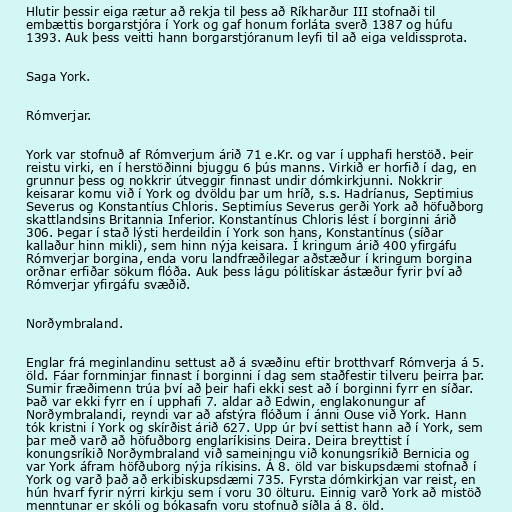
Hlutir þessir eiga rætur að rekja til þess að Ríkharður III stofnaði til
embættis borgarstjóra í York og gaf honum forláta sverð 1387 og húfu
1393. Auk þess veitti hann borgarstjóranum leyfi til að eiga veldissprota.

Saga York.

Rómverjar.

York var stofnuð af Rómverjum árið 71 e.Kr. og var í upphafi herstöð. Þeir
reistu virki, en í herstöðinni bjuggu 6 þús manns. Virkið er horfið í dag, en
grunnur þess og nokkrir útveggir finnast undir dómkirkjunni. Nokkrir
keisarar komu við í York og dvöldu þar um hríð, s.s. Hadríanus, Septimius
Severus og Konstantíus Chloris. Septimíus Severus gerði York að höfuðborg
skattlandsins Britannia Inferior. Konstantínus Chloris lést í borginni árið
306. Þegar í stað lýsti herdeildin í York son hans, Konstantínus (síðar
kallaður hinn mikli), sem hinn nýja keisara. Í kringum árið 400 yfirgáfu
Rómverjar borgina, enda voru landfræðilegar aðstæður í kringum borgina
orðnar erfiðar sökum flóða. Auk þess lágu pólitískar ástæður fyrir því að
Rómverjar yfirgáfu svæðið.

Norðymbraland.

Englar frá meginlandinu settust að á svæðinu eftir brotthvarf Rómverja á 5.
öld. Fáar fornminjar finnast í borginni í dag sem staðfestir tilveru þeirra þar.
Sumir fræðimenn trúa því að þeir hafi ekki sest að í borginni fyrr en síðar.
Það var ekki fyrr en í upphafi 7. aldar að Edwin, englakonungur af
Norðymbralandi, reyndi var að afstýra flóðum í ánni Ouse við York. Hann
tók kristni í York og skírðist árið 627. Upp úr því settist hann að í York, sem
þar með varð að höfuðborg englaríkisins Deira. Deira breyttist í
konungsríkið Norðymbraland við sameiningu við konungsríkið Bernicia og
var York áfram höfðuborg nýja ríkisins. Á 8. öld var biskupsdæmi stofnað í
York og varð það að erkibiskupsdæmi 735. Fyrsta dómkirkjan var reist, en
hún hvarf fyrir nýrri kirkju sem í voru 30 ölturu. Einnig varð York að mistöð
menntunar er skóli og bókasafn voru stofnuð síðla á 8. öld.